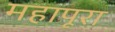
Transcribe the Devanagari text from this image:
महापूरा